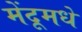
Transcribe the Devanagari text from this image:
मेंदूमधे